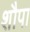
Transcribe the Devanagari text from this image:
शौपा